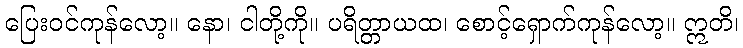
ပြေးဝင်ကုန်လော့။ နော၊ ငါတို့ကို။ ပရိတ္တာယထ၊ စောင့်ရှောက်ကုန်လော့။ ဣတိ၊